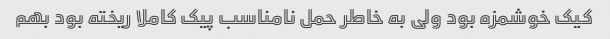
کیک خوشمزه بود ولی به خاطر حمل نامناسب پیک کاملا ریخته بود بهم